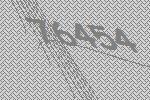
76454